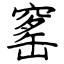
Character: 窰